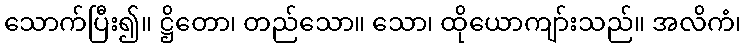
သောက်ပြီး၍။ ဋ္ဌိတော၊ တည်သော။ သော၊ ထိုယောကျာ်းသည်။ အလိကံ၊